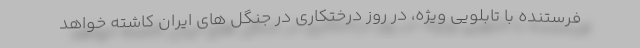
فرستنده با تابلویی ویژه، در روز درختکاری در جنگل های ایران کاشته خواهد